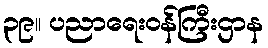
၃၉။ ပညာရေးဝန်ကြီးဌာန